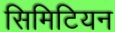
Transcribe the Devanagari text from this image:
सिमिटियन